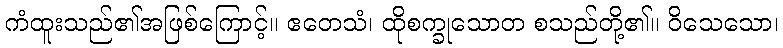
ကံထူးသည်၏အဖြစ်ကြောင့်။ ဧတေသံ၊ ထိုစက္ခုသောတ စသည်တို့၏။ ဝိသေသော၊